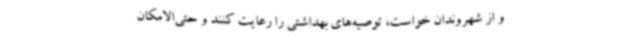
و از شهروندان خواست، توصیه‌های بهداشتی را رعایت کنند و حتی‌الامکان